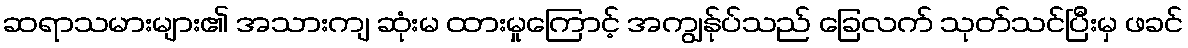
ဆရာသမားများ၏ အသားကျ ဆုံးမ ထားမှုကြောင့် အကျွန်ုပ်သည် ခြေလက် သုတ်သင်ပြီးမှ ဖခင်